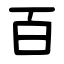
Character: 百